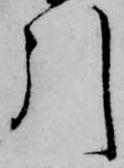
引